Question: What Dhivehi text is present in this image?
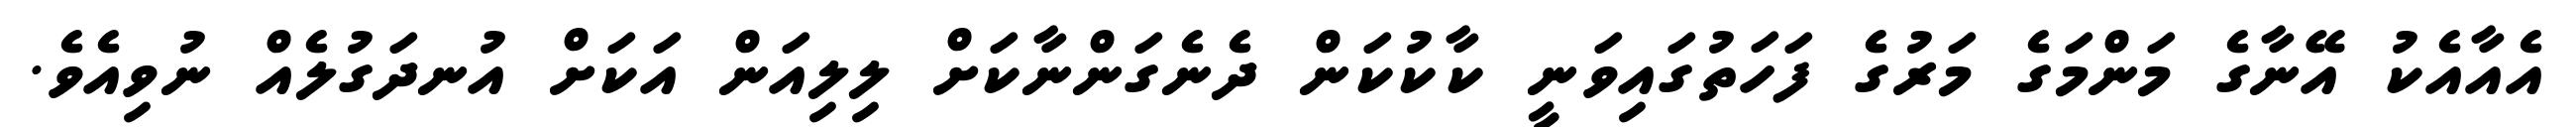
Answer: އެއާއެކު އޭނާގެ މަންމަގެ މަރުގެ ފަހަތުގައިވަނީ ކާކުކަން ދެނެގަންނާކަށް ލިލިއަން އަކަށް އުނދަގުލެއް ނުވިއެވެ.